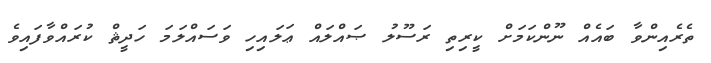
ތެރެއިންވާ ބައެއް ނޫންކަމަށް ކީރިތި ރަސޫލު ޞައްލައް ޢަލައިހި ވަސައްލަމަ ހަދީޘް ކުރައްވާފައިވެ